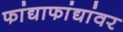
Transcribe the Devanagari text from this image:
फांद्याफांद्यांवर